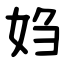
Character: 㛀